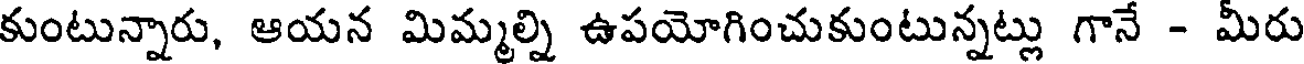
కుంటున్నారు, ఆయన మిమ్మల్ని ఉపయోగించుకుంటున్నట్లు గానే - మీరు